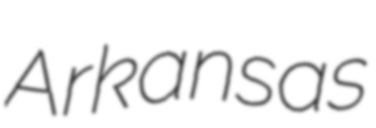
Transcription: Arkansas